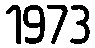
1973